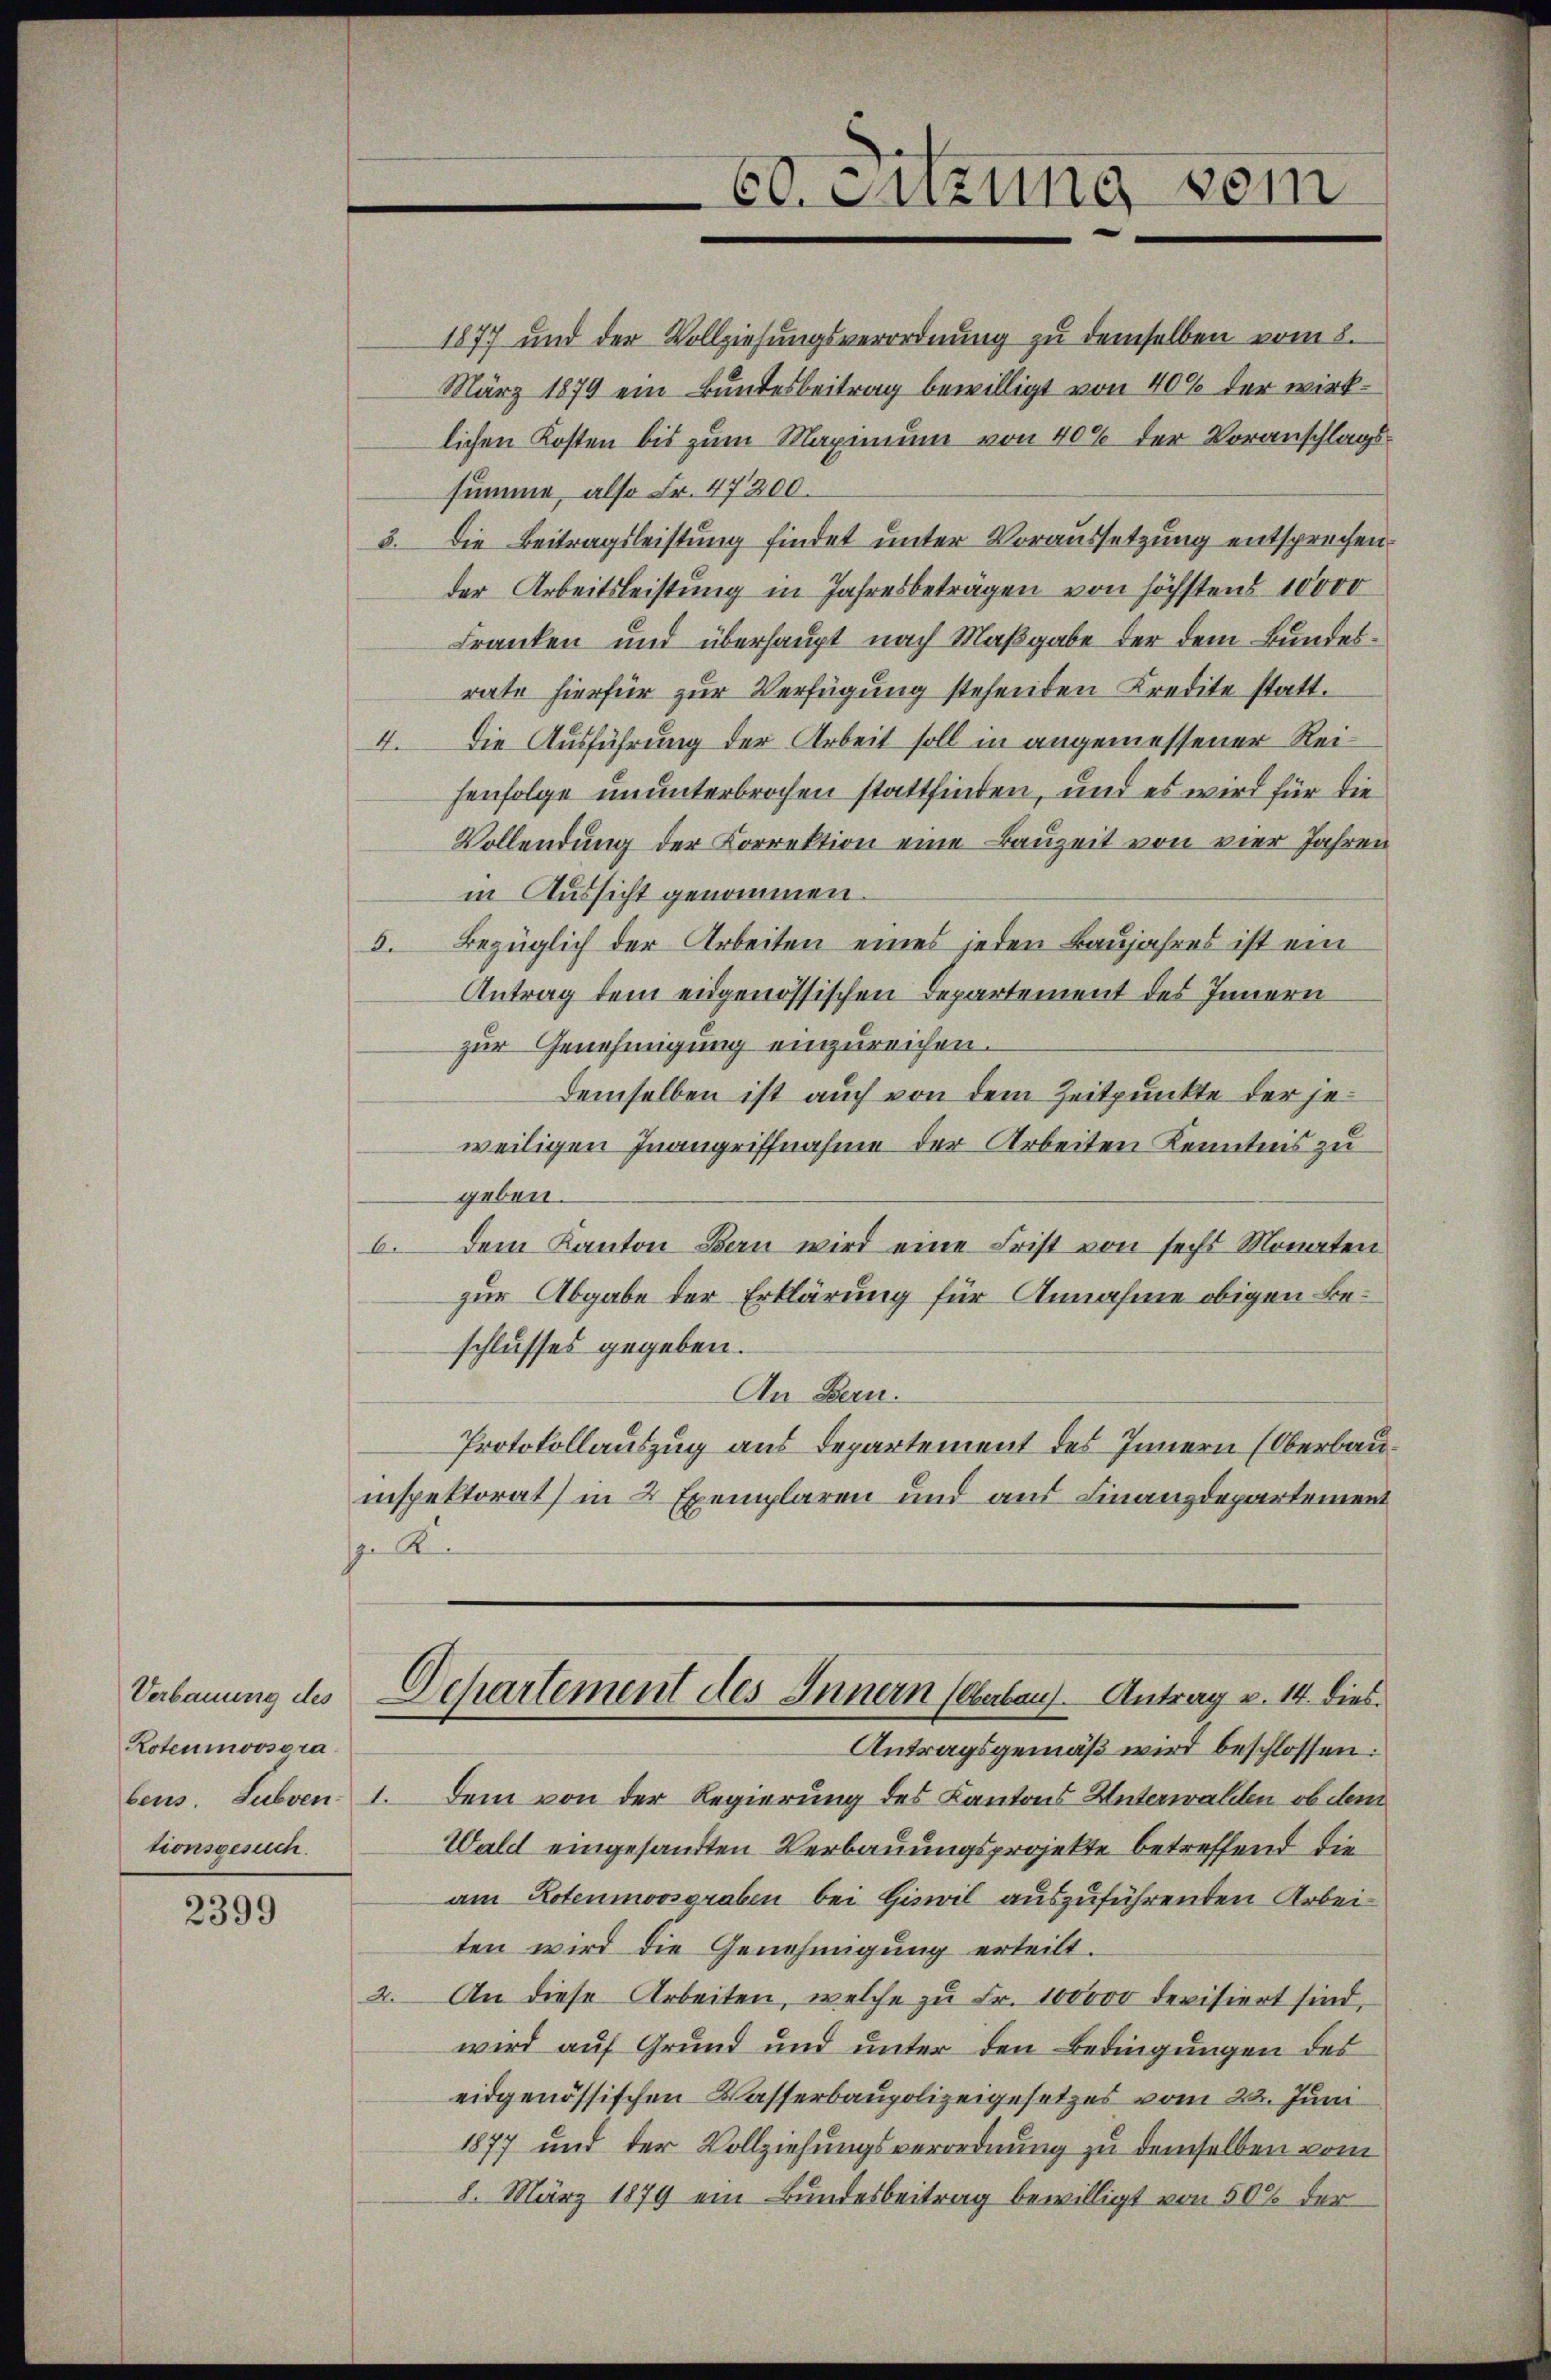
Rotenmoosora
tionsbesuch.

2399

1

60. Fuzung vom

1877 und der Vollziehungsverordnung zu demselben vom 8.
März 1879 ein Bundesbeitrag bewilligt von 40% der wirklichen Kosten bis zum Maximum von 40% der Voranschlagssumme, also Fr. 47200.
3. Die Beitragsleistung findet unter Voraussetzung entsprochen.
der Arbeitsleistung in Jahresbeträgen von höchstens 10000
Franken und überhaupt nach Maßgabe der dem Bundesrate hierfür zur Verfügung stehenden Kredite statt.
4. Die Ausführung der Arbeit soll in angemessener Reihenfolge ununterbrochen stattfinden, und es wird für die
Vollendung der Korrektion eine Bauzeit von vier Jahren
in Aussicht genommen.
3. Bezüglich der Arbeiten eines jeden Baŭjahres ist ein
Antrag dem eidgenössischen Departement des Innern
zur Genehmigung einzureichen.
demselben ist auch von dem Zeitpunkte der je
weiligen Inangriffnahme der Arbeiten Kenntnis zu
geben.
6. Dem Kanton Bau wird eine Frist von sechs Monaten
zur Abgabe der Erklärung für Annahme obigen Beschlusses gegeben.
An Bern.
Protokollauszug aus Departement des Innern (Oberbauinspektorat) in 2 Exemplaren und aus Finanzdepartement
 R
Verbauung des Departement des Innern (Oberbaus Antrag v. 14. dies
Antragsgemäß wird beschlossen:
beus. Subven 1. Dem von der Regierung des Kantons Unterwalden, ob dem
Wald eingesandten Verbauungsprojekte betreffend die
am Rotenmoosgraben bei Giswil auszuführenden Arbeiten wird die Genehmigung erteilt.
2. An diese Arbeiten, welche zu Fr. 100000 devisiert sind,
wird auf Grund und unter den Bedingungen des
eidgenössischen Wasserbaupolizeigesetzes vom 22. Juni
1877 und der Vollziehungsverordnung zu demselben vom
8. März 1879 ein Bundesbeitrag bewilligt von 50% der